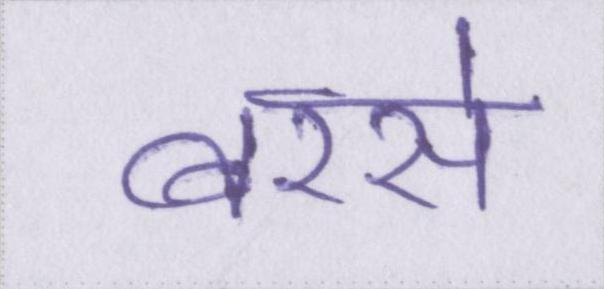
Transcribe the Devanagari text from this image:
बरसे